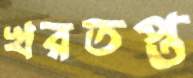
খরতপ্ত